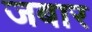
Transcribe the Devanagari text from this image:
जबार